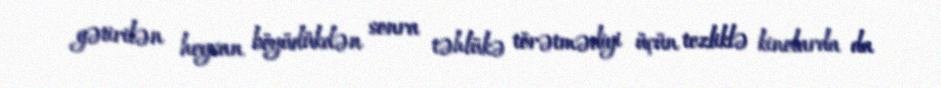
gətirilən heyvan böyüdükdən sonra təhlükə törətmədiyi üçün tezliklə kinolarda da